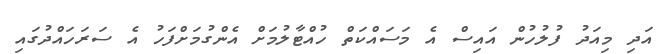
އަދި މިއަދު ފުލުހުން އައިސް އެ މަސައްކަތް ހުއްޓާލުމަށް އެންގުމަށްފަހު އެ ސަރަހައްދުގައި